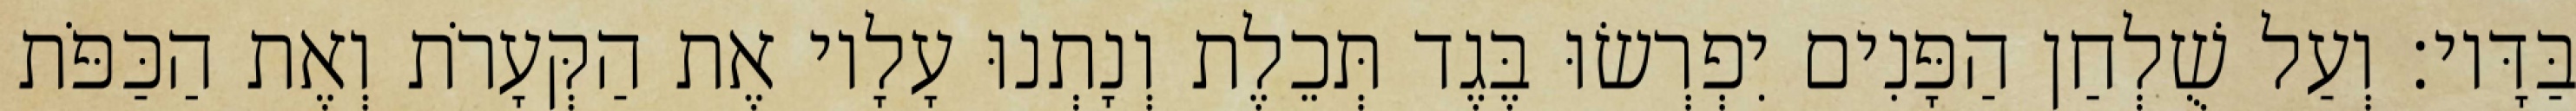
בַּדָּיו׃ וְעַל שֻׁלְחַן הַפָּנִים יִפְרְשׂוּ בֶּגֶד תְּכֵלֶת וְנָתְנוּ עָלָיו אֶת הַקְּעָרֹת וְאֶת הַכַּפֹּת